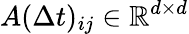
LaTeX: A(\Delta t)_{ij}\in\mathbb{R}^{d\times d}